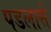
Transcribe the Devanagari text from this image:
पडलासे